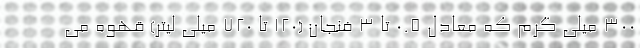
300 میلی گرم که معادل 0.5 تا 3 فنجان (120 تا 720 میلی لیتر) قهوه می